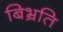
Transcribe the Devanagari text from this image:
बिभ्रति